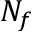
N _ { f }